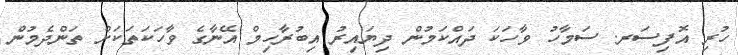
ހުރި އޮފިސަރ. ސަމާހު ވާހަކަ ދައްކަމުން ދިޔައިރު އިބުރާހިމް އޭނާގެ ވާހަކަތަކަށް ތަންދެމުން